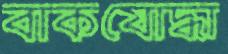
বাকযোদ্ধা